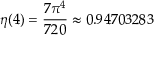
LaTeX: \eta ( 4 ) = { \frac { 7 \pi ^ { 4 } } { 7 2 0 } } \approx 0 . 9 4 7 0 3 2 8 3